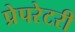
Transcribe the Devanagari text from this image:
प्रेपरेटरी